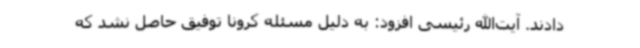
دادند. آیت‌الله رئیسی افزود: به دلیل مسئله کرونا توفیق حاصل نشد که